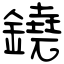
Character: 鐃